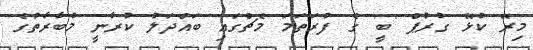
މިރޭ ކުޅޭ ގުރުޕް 'ބީ' ގެ ފުރަތަމަ މެޗްގައި ބައްދަލު ކުރާނީ މުބާާރާތުގެ